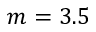
m = 3 . 5